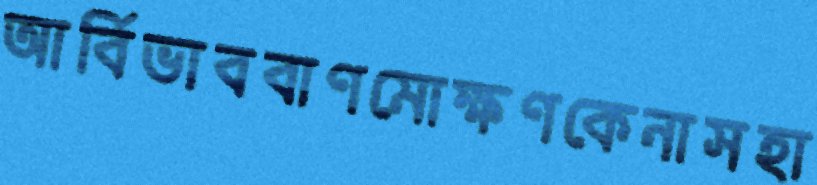
আর্বিভাববাণমোক্ষণকেনাসহা